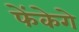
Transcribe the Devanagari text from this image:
फेंकेगे